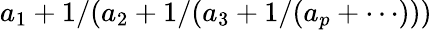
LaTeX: a_{1}+1/(a_{2}+1/(a_{3}+1/(a_{p}+\cdots)))